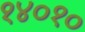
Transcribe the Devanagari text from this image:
१४०१०